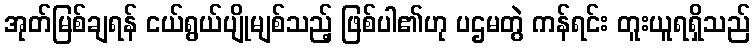
အုတ်မြစ်ချရန် ငယ်ရွယ်ပျိုမျစ်သည့် ဖြစ်ပါ၏ဟု ပဌမတွဲ ကန်ရင်း တူးယူရရှိသည်